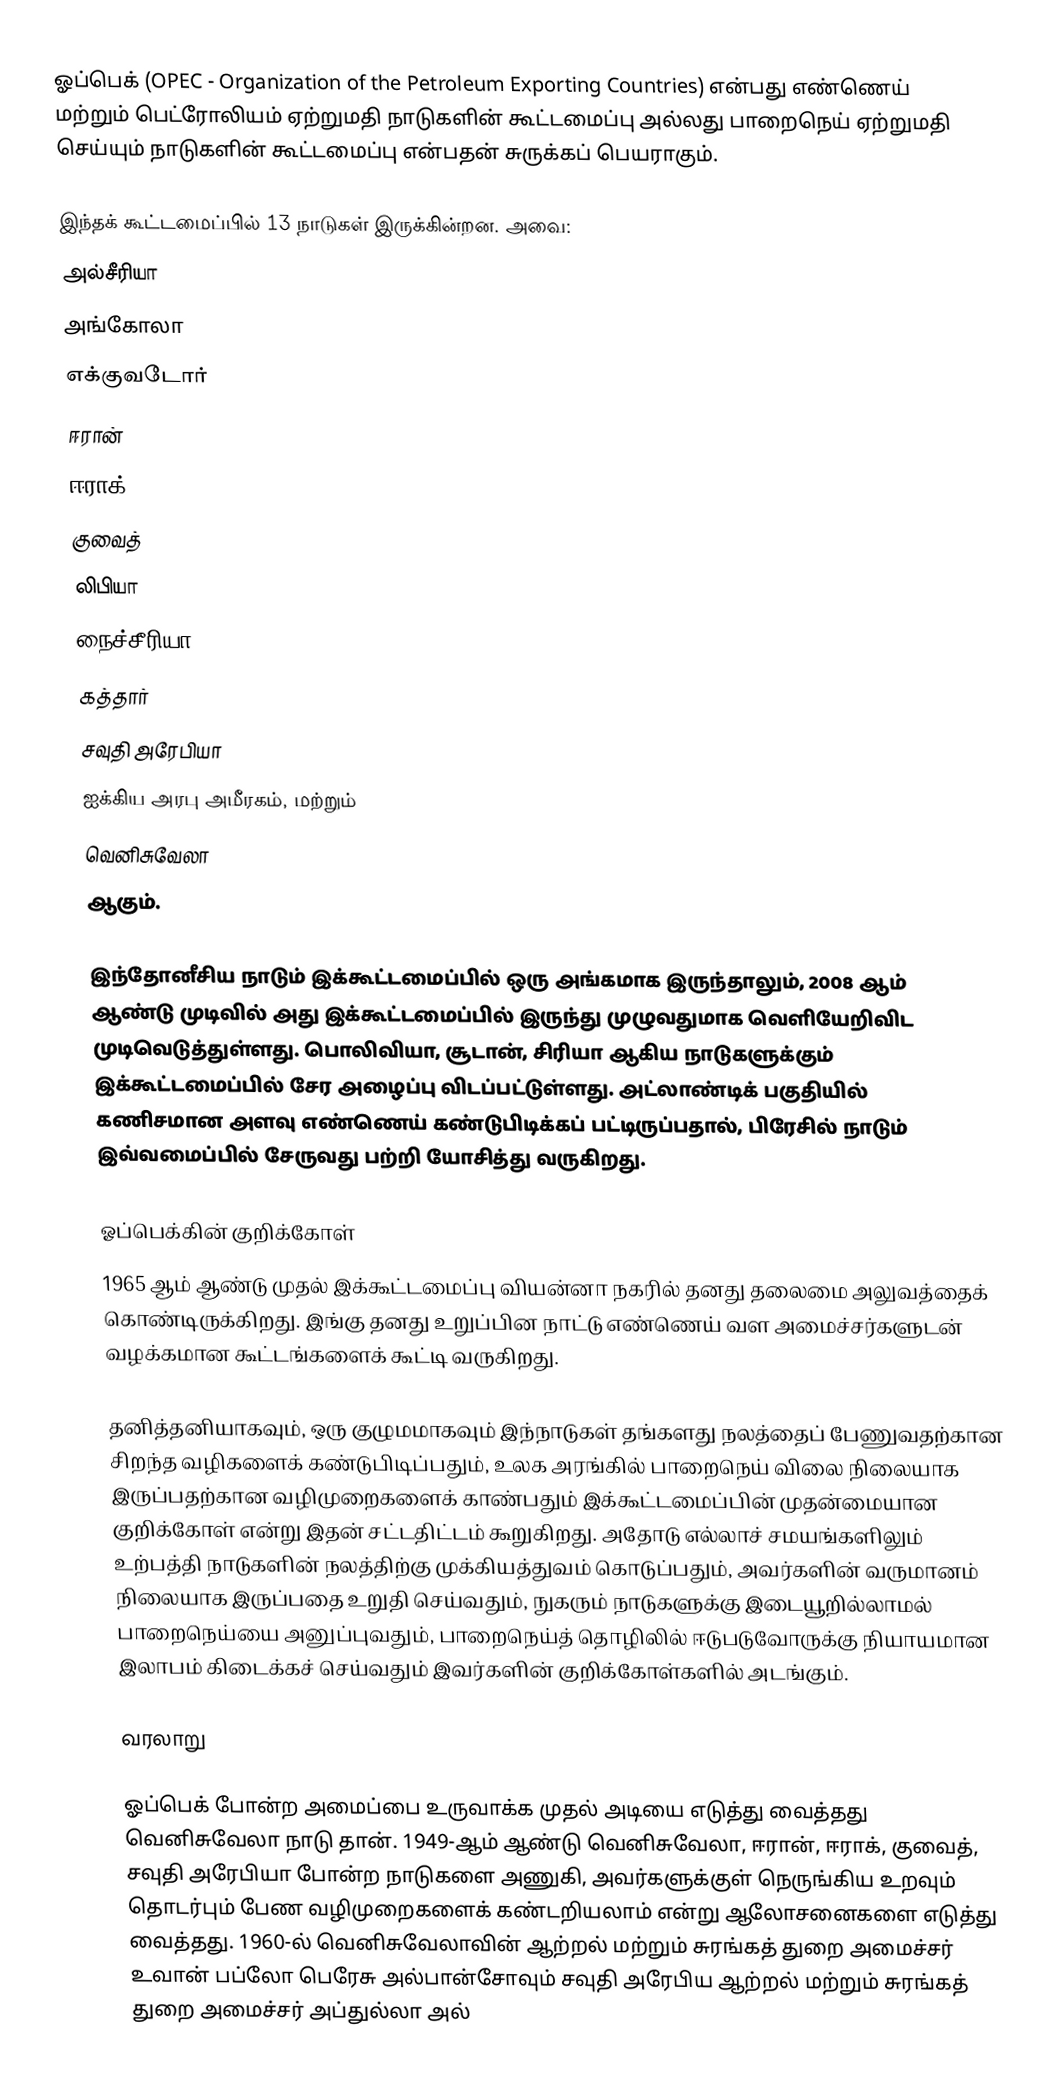
ஓப்பெக் (OPEC - Organization of the Petroleum Exporting Countries) என்பது எண்ணெய் மற்றும் பெட்ரோலியம் ஏற்றுமதி நாடுகளின் கூட்டமைப்பு அல்லது பாறைநெய் ஏற்றுமதி செய்யும் நாடுகளின் கூட்டமைப்பு என்பதன் சுருக்கப் பெயராகும்.

இந்தக் கூட்டமைப்பில் 13 நாடுகள் இருக்கின்றன. அவை:
 அல்சீரியா
 அங்கோலா
 எக்குவடோர்
 ஈரான்
 ஈராக்
 குவைத்
 லிபியா
 நைச்சீரியா
 கத்தார்
 சவுதி அரேபியா
 ஐக்கிய அரபு அமீரகம், மற்றும்
 வெனிசுவேலா
ஆகும்.

இந்தோனீசிய நாடும் இக்கூட்டமைப்பில் ஒரு அங்கமாக இருந்தாலும், 2008 ஆம் ஆண்டு முடிவில் அது இக்கூட்டமைப்பில் இருந்து முழுவதுமாக வெளியேறிவிட முடிவெடுத்துள்ளது. பொலிவியா, சூடான், சிரியா ஆகிய நாடுகளுக்கும் இக்கூட்டமைப்பில் சேர அழைப்பு விடப்பட்டுள்ளது.  அட்லாண்டிக் பகுதியில் கணிசமான அளவு எண்ணெய் கண்டுபிடிக்கப் பட்டிருப்பதால், பிரேசில் நாடும் இவ்வமைப்பில் சேருவது பற்றி யோசித்து வருகிறது.

ஓப்பெக்கின் குறிக்கோள்
1965 ஆம் ஆண்டு முதல் இக்கூட்டமைப்பு வியன்னா நகரில் தனது தலைமை அலுவத்தைக் கொண்டிருக்கிறது. இங்கு தனது உறுப்பின நாட்டு எண்ணெய் வள அமைச்சர்களுடன் வழக்கமான கூட்டங்களைக் கூட்டி வருகிறது.

தனித்தனியாகவும், ஒரு குழுமமாகவும் இந்நாடுகள் தங்களது நலத்தைப் பேணுவதற்கான சிறந்த வழிகளைக் கண்டுபிடிப்பதும், உலக அரங்கில் பாறைநெய் விலை நிலையாக இருப்பதற்கான வழிமுறைகளைக் காண்பதும் இக்கூட்டமைப்பின் முதன்மையான குறிக்கோள் என்று இதன் சட்டதிட்டம் கூறுகிறது. அதோடு எல்லாச் சமயங்களிலும் உற்பத்தி நாடுகளின் நலத்திற்கு முக்கியத்துவம் கொடுப்பதும், அவர்களின் வருமானம் நிலையாக இருப்பதை உறுதி செய்வதும், நுகரும் நாடுகளுக்கு இடையூறில்லாமல் பாறைநெய்யை அனுப்புவதும், பாறைநெய்த் தொழிலில் ஈடுபடுவோருக்கு நியாயமான இலாபம் கிடைக்கச் செய்வதும் இவர்களின் குறிக்கோள்களில் அடங்கும்.

வரலாறு

ஓப்பெக் போன்ற அமைப்பை உருவாக்க முதல் அடியை எடுத்து வைத்தது வெனிசுவேலா நாடு தான். 1949-ஆம் ஆண்டு வெனிசுவேலா, ஈரான், ஈராக், குவைத், சவுதி அரேபியா போன்ற நாடுகளை அணுகி, அவர்களுக்குள் நெருங்கிய உறவும் தொடர்பும் பேண வழிமுறைகளைக் கண்டறியலாம் என்று ஆலோசனைகளை எடுத்து வைத்தது. 1960-ல் வெனிசுவேலாவின் ஆற்றல் மற்றும் சுரங்கத் துறை அமைச்சர் உவான் பப்லோ பெரேசு அல்பான்சோவும் சவுதி அரேபிய ஆற்றல் மற்றும் சுரங்கத் துறை அமைச்சர் அப்துல்லா அல்